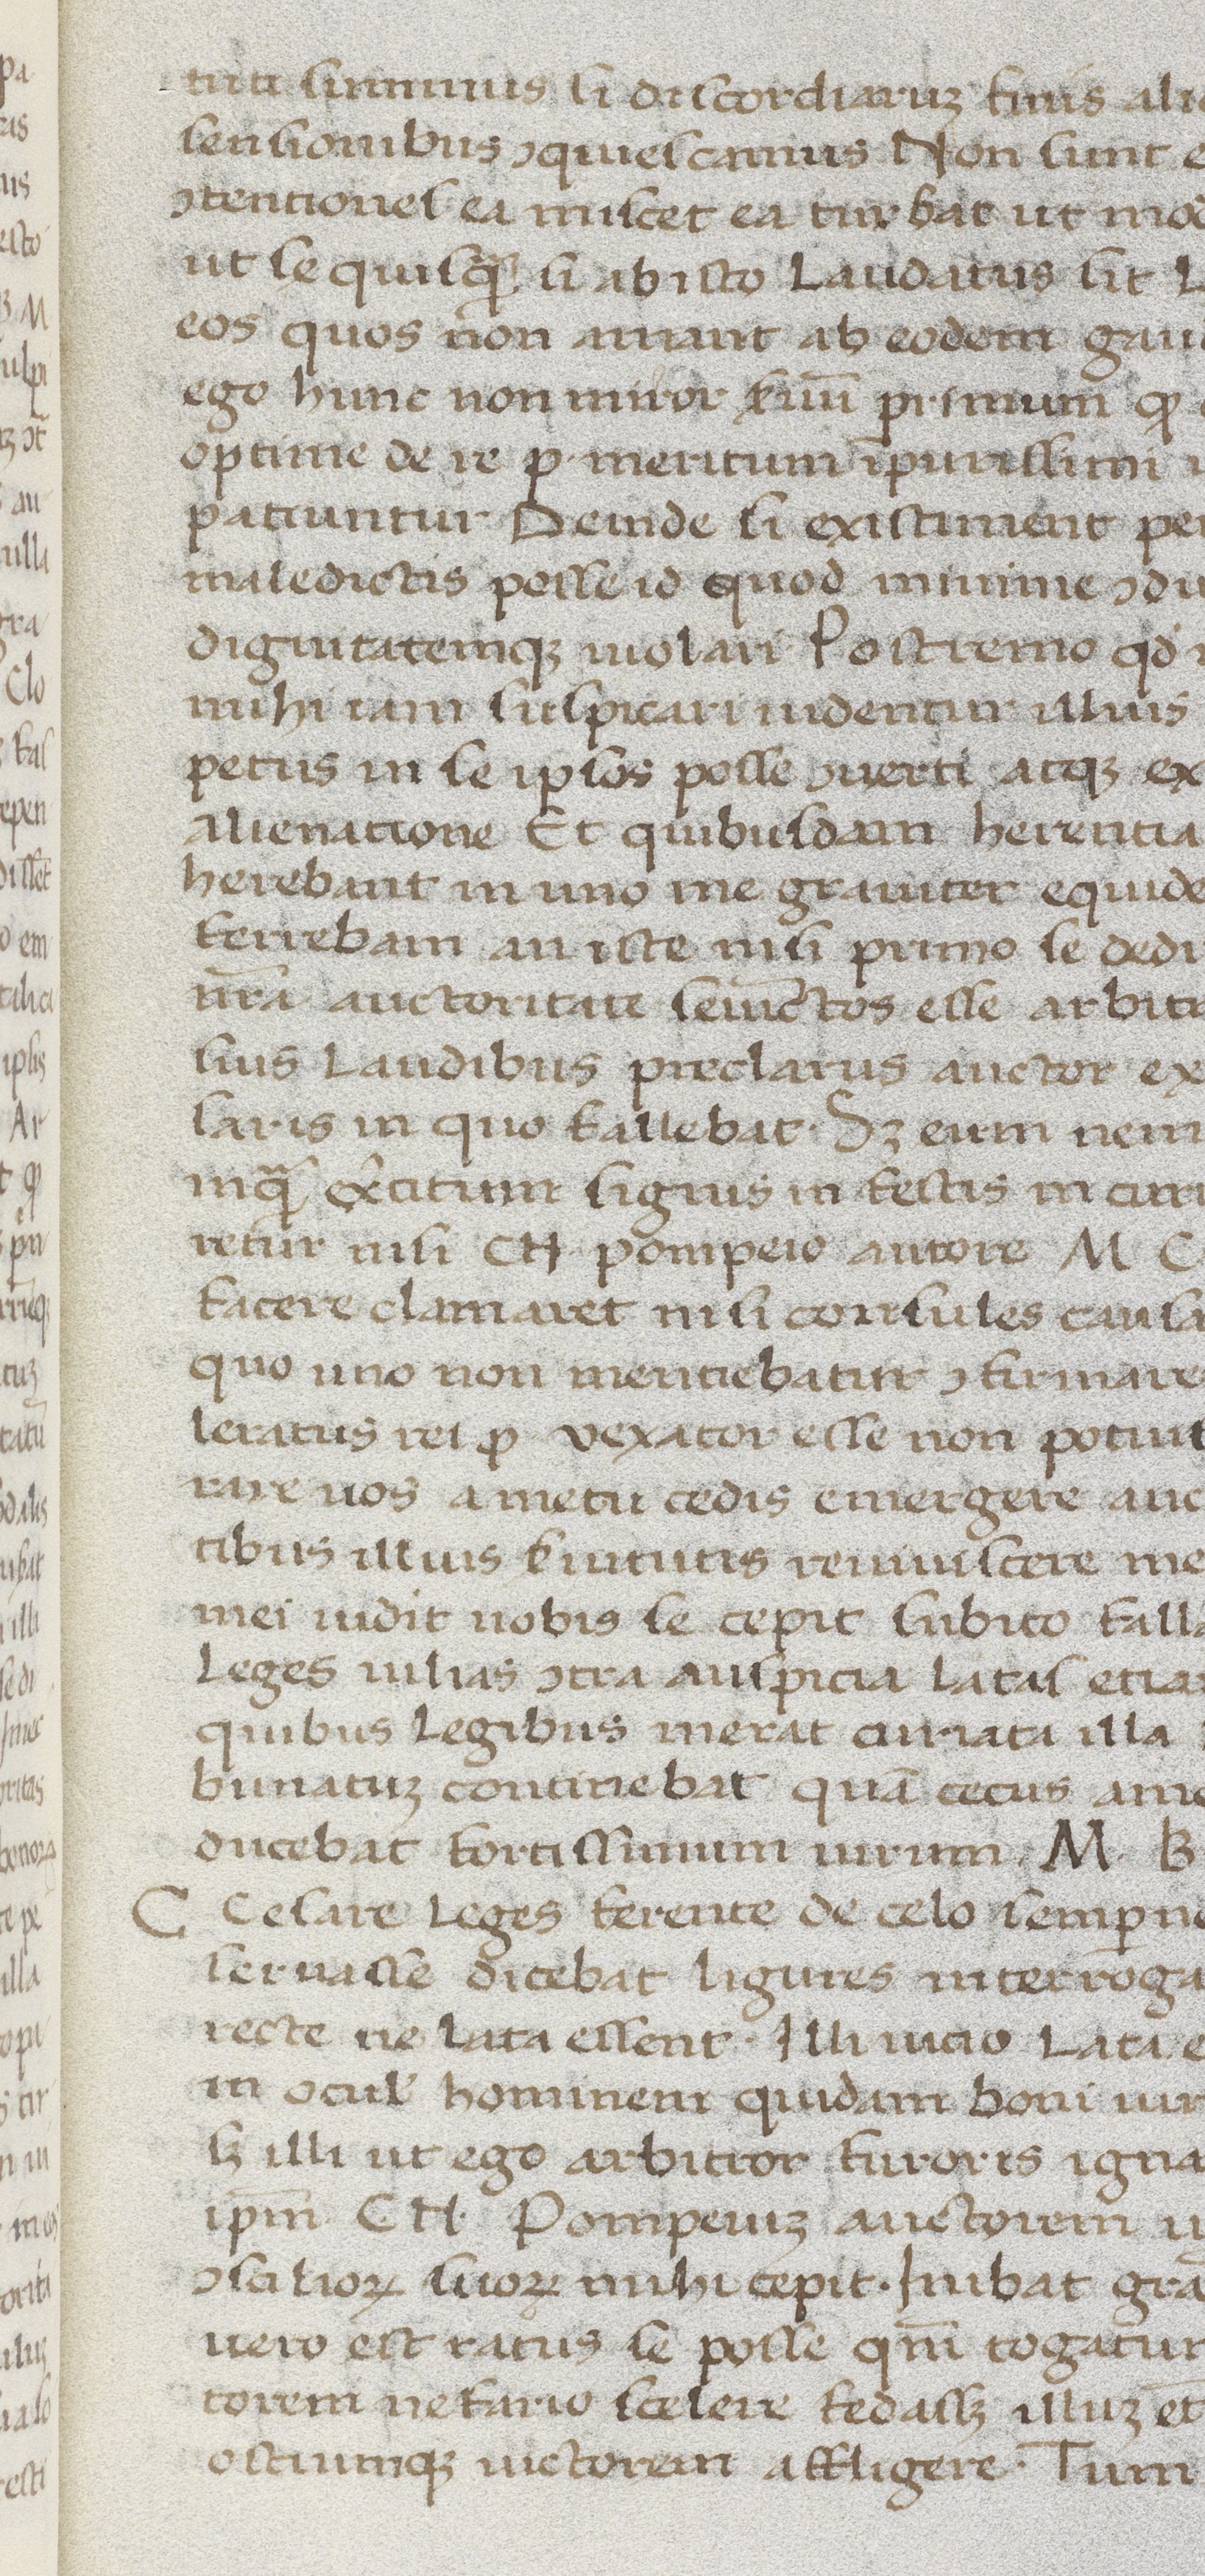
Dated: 1400–1499